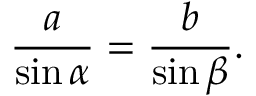
{ \frac { a } { \sin \alpha } } = { \frac { b } { \sin \beta } } .